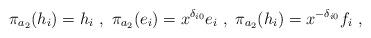
LaTeX: \begin{align*}\pi_{a_2}(h_i)=h_i\ ,\ \pi_{a_2}(e_i)=x^{\delta_{i0}}e_i\ ,\ \pi_{a_2}(h_i)=x^{-\delta_{i0}}f_i\ ,\end{align*}